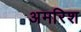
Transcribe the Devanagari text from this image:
अमरिश